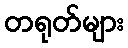
တရုတ်များ